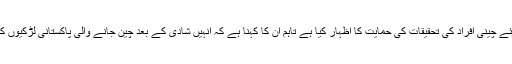
اُدھر چینی حکام نے اگرچہ حراست میں لیے گئے چینی افراد کی تحقیقات کی حمایت کا اظہار کیا ہے تاہم اُن کا کہنا ہے کہ اُنہیں شادی کے بعد چین جانے والی پاکستانی لڑکیوں کے ساتھ زیادتی کے کوئی شواہد نہیں ملے ہیں۔